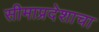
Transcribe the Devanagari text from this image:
सीमाप्रदेशाचा